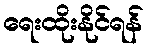
ရေးထိုးနိုင်ရန်